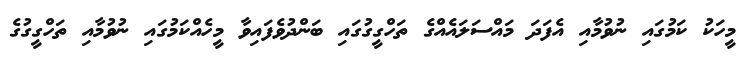
މީހަކު ކަމުގައި ނުވުމާއި އެފަދަ މައްސަލައެއްގެ ތަހްގީގުގައި ބަންދުވެފައިވާ މީހެއްކަމުގައި ނުވުމާއި ތަހްގީގުގެ